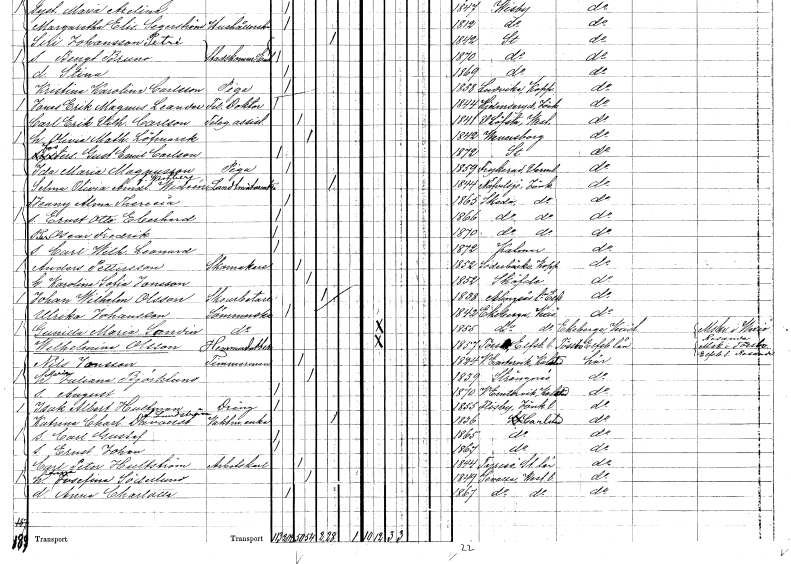
gt_parse: households: individuals: FN: Jenny Alma Theresia
KON: K
CIV: O
FODAR: 1865
FODFORS: Skeda Östergötlands län
FN: Ernst Otto Eberhard
KON: M
CIV: O
FODAR: 1866
FODFORS: Skeda Östergötlands län
FN: Per Oscar Fredrik
KON: M
CIV: O
FODAR: 1870
FODFORS: Skeda Östergötlands län
FN: Carl Wilhelm Leonard
KON: M
CIV: O
FODAR: 1872
FODFORS: Kalmar Kalmar län
FN: Anders
EN: Pettersson
YRKE: Skomakare
KON: M
CIV: G
FODAR: 1852
FODFORS: Söderbärke Kopparbergs län
FN: Karolina Sofia
EN: Jonsson
KON: K
CIV: G
FODAR: 1852
FN: Johan Wilhelm
EN: Olsson
YRKE: Skoarbetare
KON: M
CIV: E
FODAR: 1838
FODFORS: Alingsås landsförsamling Älvsborgs län
FN: Ulrika
EN: Johansson
YRKE: Sömmerska
KON: K
CIV: O
FODAR: 1842
FODFORS: Ekeberga Kronobergs län
FN: Gunilla Maria
EN: Sandin
YRKE: Sömmerska
KON: K
CIV: O
FODAR: 1855
FODFORS: Ekeberga Kronobergs län
FN: Wilhelmina
EN: Olsson
YRKE: Hemmadotter
KON: K
CIV: O
FODAR: 1857
FODFORS: Tösse Älvsborgs län
FN: Nils
EN: Jonsson
YRKE: Timmerman
KON: M
CIV: G
FODAR: 1824
FODFORS: Västra Ämtervik Värmlands län
FN: Maria Juliana
EN: Björklund
KON: K
CIV: G
FODAR: 1839
FODFORS: Strängnäs Södermanlands län
FN: August
KON: M
CIV: O
FODAR: 1870
FODFORS: Västra Ämtervik Värmlands län
FN: Isak Albert
EN: Hultman
YRKE: Dräng
KON: M
CIV: O
FODAR: 1855
FODFORS: Flisby Jönköpings län
FN: Katrina Charlotta
EN: Davoust Lundström
YRKE: Vaktmästareänka
KON: K
CIV: E
FODAR: 1836
FODFORS: Karlstad Värmlands län
FN: Carl Gustaf
KON: M
CIV: O
FODAR: 1865
FODFORS: Karlstad Värmlands län
FN: Ernst Johan
KON: M
CIV: O
FODAR: 1867
FODFORS: Karlstad Värmlands län
FN: Carl Peter
EN: Hultström
YRKE: Arbetskarl
KON: M
CIV: G
FODAR: 1844
FODFORS: Tyresö Stockholms län
FN: Anna Josefina
EN: Söderlund
KON: K
CIV: G
FODAR: 1849
FODFORS: Sevalla Västmanlands län
FN: Anna Charlotta
KON: K
CIV: O
FODAR: 1867
FODFORS: Sevalla Västmanlands län